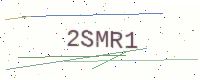
Text: 2SMR1